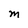
Character: M